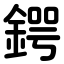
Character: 鍔